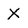
Character: X